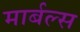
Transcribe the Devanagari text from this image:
मार्बल्स